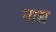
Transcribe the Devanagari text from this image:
नाद्य